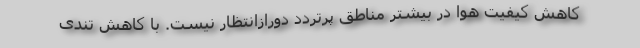
کاهش کیفیت هوا در بیشتر مناطق پرتردد دورازانتظار نیست. با کاهش تندی